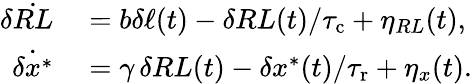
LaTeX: \begin{array}{rl}{\delta\dot{RL}}&{{}=b\delta\ell(t)-\delta RL(t)/{\tau_{\mathrm{c}}}+\eta_{RL}(t),}\\ {\dot{\delta x^{*}}}&{{}=\gamma\, \delta RL(t)-\delta x^{*}(t)/{\tau_{\mathrm{r}}}+\eta_{x}(t).}\end{array}